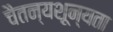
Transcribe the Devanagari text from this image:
चैतन्यशून्यता